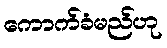
ကောက်ခံမည်ဟု